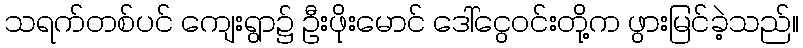
သရက်တစ်ပင် ကျေးရွာ၌ ဦးဖိုးမောင် ဒေါ်ငွေဝင်းတို့က ဖွားမြင်ခဲ့သည်။